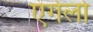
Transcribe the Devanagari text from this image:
एंगेलो